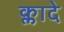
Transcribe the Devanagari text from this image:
क्लादे